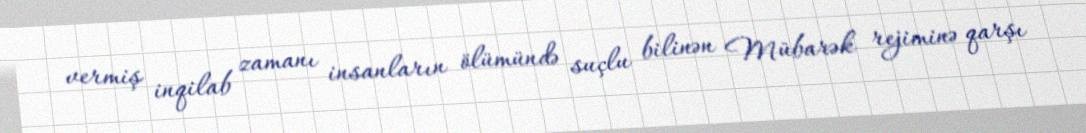
vermiş inqilab zamanı insanların ölümündə suçlu bilinən Mübarək rejiminə qarşı